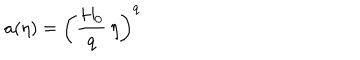
LaTeX: a ( \eta ) = \left( \frac { H _ { 0 } } { q } \, \eta \right) ^ { q }